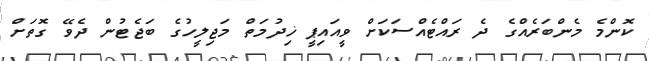
ކޮންމެ މެންބަރެއްގެ ދެ ރައްޓެއްސަކަށް ވީއައިޕީ ޚިދުމަތް މަޖިލީހުގެ ބަޖެޓުން ދެވޭ ގޮތަށް